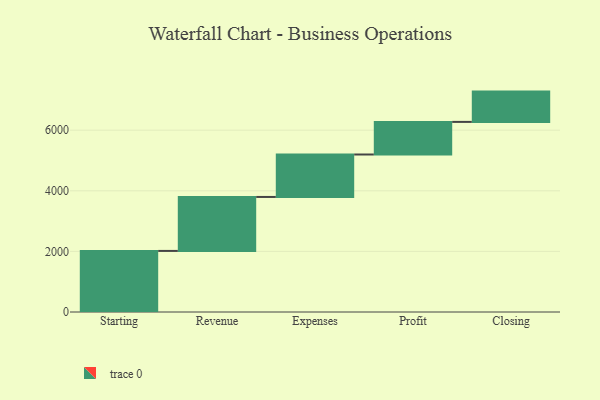
{"axis": {"x": "Step", "y": "Value"}, "legend": [""], "data": [{"x": "Starting", "y": 2016.0, "type": ""}, {"x": "Revenue", "y": 1781.0, "type": ""}, {"x": "Expenses", "y": 1401.0, "type": ""}, {"x": "Profit", "y": 1076.0, "type": ""}, {"x": "Closing", "y": 1000, "type": ""}]}